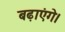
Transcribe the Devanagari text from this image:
बढ़ाएंगे।